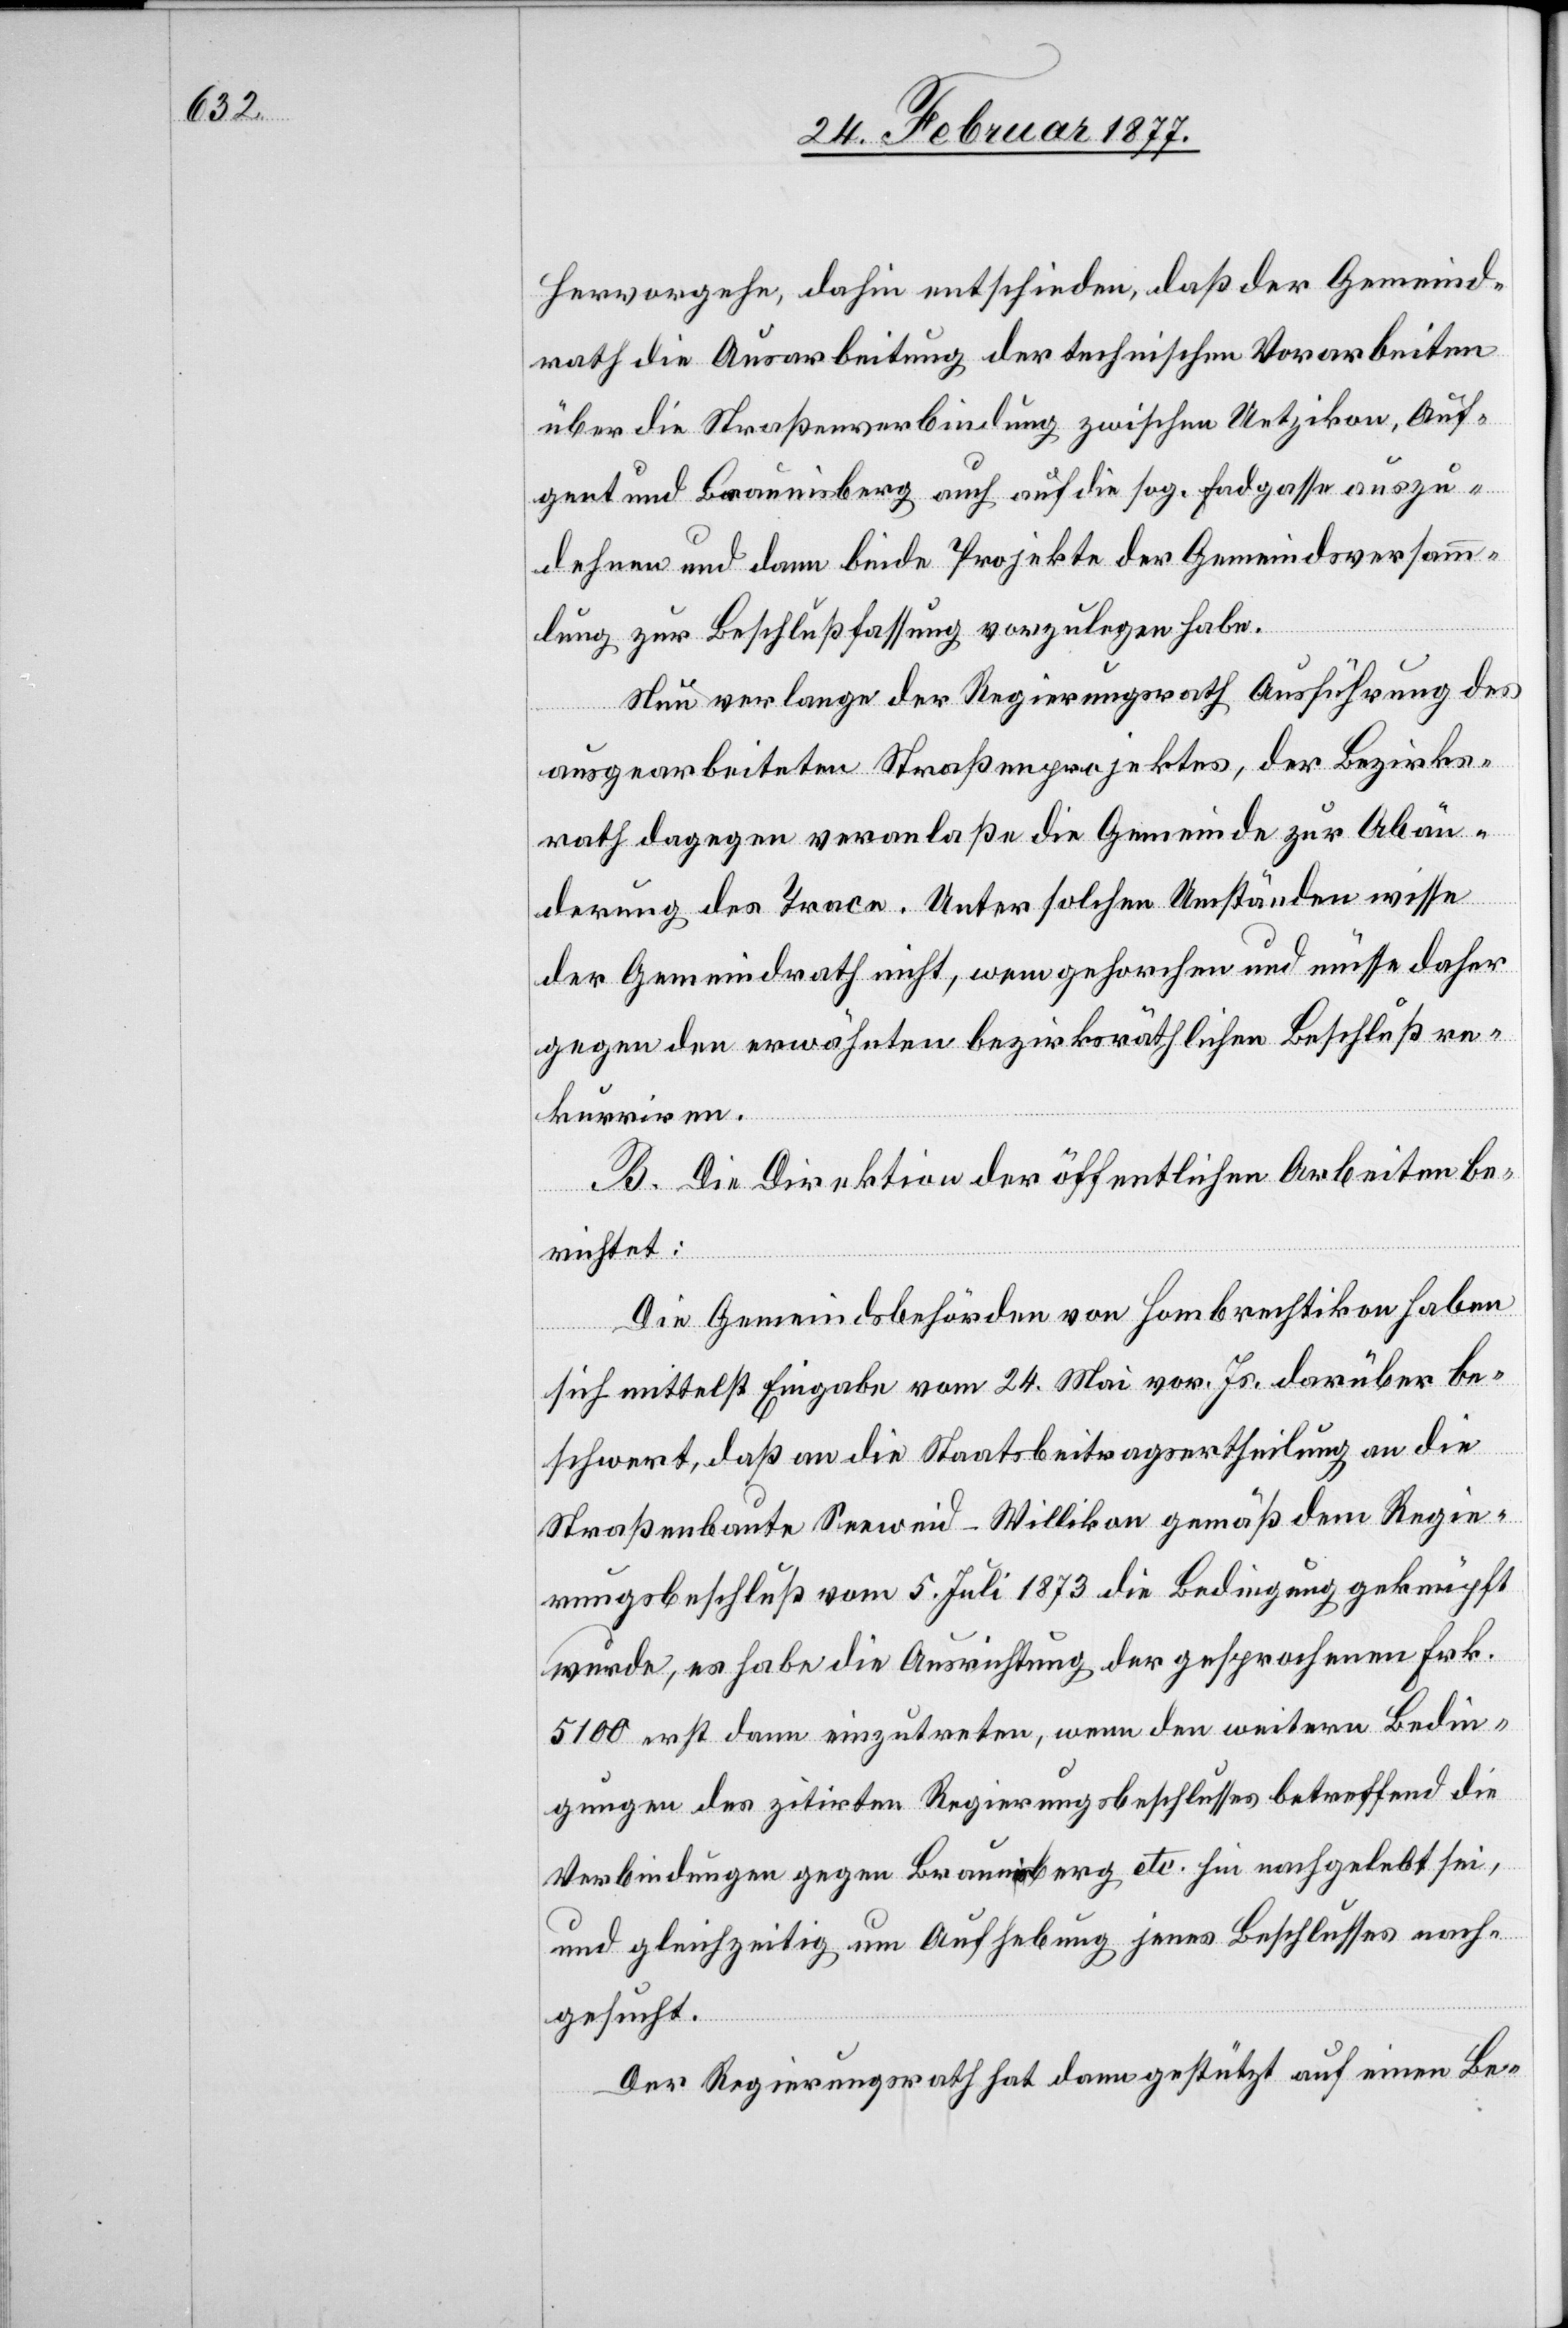
hervorgehe, dahin entschieden, daß der Gemeind¬
rath die Ausarbeitung der technischen Vorarbeiten
über die Straßenverbindung zwischen Uetzikon, Auf¬
gert und Braunisberg auch auf die sog. Fadgasse auszu¬
dehnen und dann beide Projekte der Gemeindsversamm¬
lung zur Beschlußfassung vorzulegen habe.
Nun verlange der Regierungsrath Ausführung des
ausgearbeiteten Straßenprojektes, der Bezirks¬
rath dagegen veranlaße die Gemeinde zur Abän¬
derung des Trace. Unter solchen Umständen wisse
der Gemeindrath nicht, wem gehorchen und müsse daher
gegen den erwähnten bezirksräthlichen Beschluß re¬
kurriren.
B. Die Direktion der öffentlichen Arbeiten be¬
richtet:
Die Gemeindsbehörden von Hombrechtikon haben
sich mittelst Eingabe vom 24. Mai vor. Js. darüber be¬
schwert, daß an die Staatsbeitragsertheilung an die
Straßenbaute Seeweid–Willikon gemäß dem Regie¬
rungsbeschluß vom 5. Juli 1873 die Bedingung geknüpft
wurde, es habe die Ausrichtung der gesprochenen Frk.
5100 erst dann einzutreten, wenn den weitern Bedin¬
gungen des zitirten Regierungsbeschlusses betreffend die
Verbindung gegen Braunisberg etc. hin nachgelebt sei,
und gleichzeitig um Aufhebung jenes Beschlusses nach¬
gesucht.
Der Regierungsrath hat dann gestützt auf einen Be-